Tartu_Kolgata_baptistikogudus, lk 103
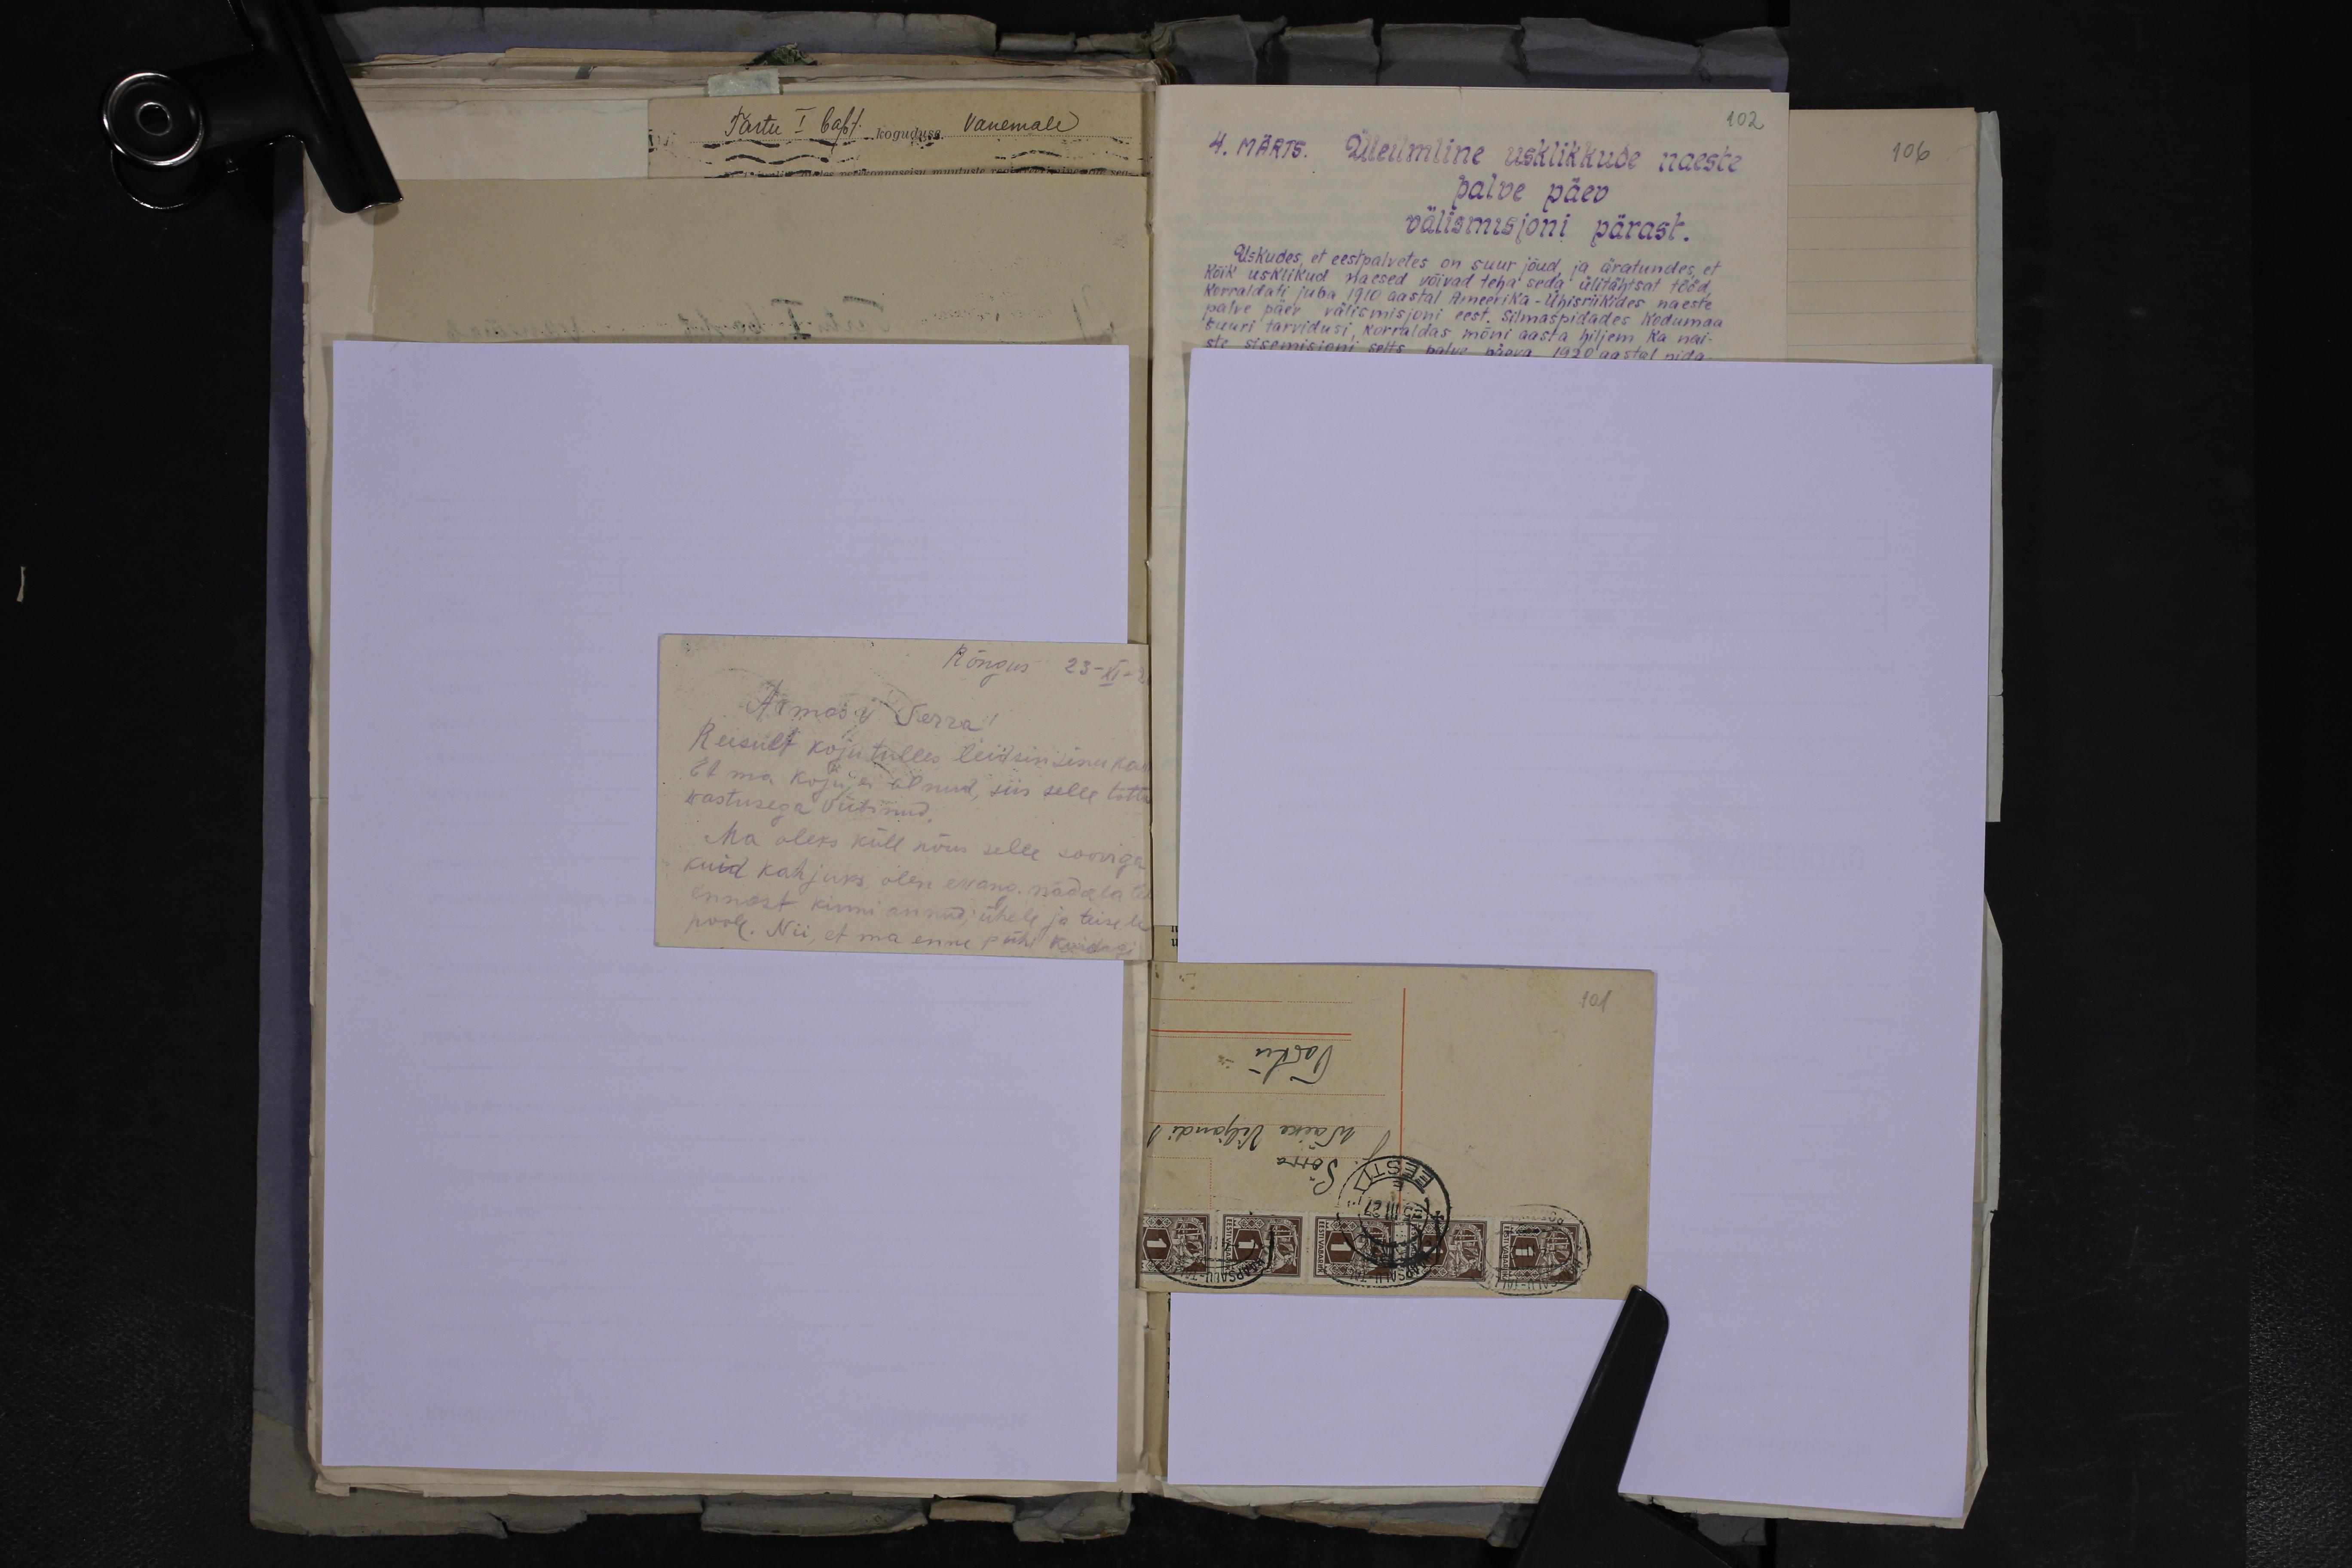
Rõngus 23-XI-2
Armas v. Serra!
Reisult kojutulles leidsin sinu kas
wastusega viibinud.
Et ma koju ei olnud, siis selle tõttu
Ma oleks küll nõus selle sooviga
kuid kahjuks olen ewang. nädala
ennast kinni annud ühele ja teisele
poole. Nii, et ma enne pühi kuidagi